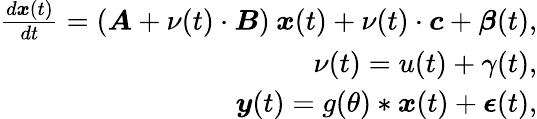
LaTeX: \begin{array}{r}{\frac{d\boldsymbol{x}(t)}{dt}=(\boldsymbol{A}+\nu(t)\cdot\boldsymbol{B})\: \boldsymbol{x}(t)+\nu(t)\cdot\boldsymbol{c}+\boldsymbol{\beta}(t),}\\ {\nu(t)=u(t)+\gamma(t),}\\ {\boldsymbol{y}(t)=g(\theta)*\boldsymbol{x}(t)+\boldsymbol{\epsilon}(t),}\end{array}